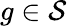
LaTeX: g\in{\mathcal{S}}